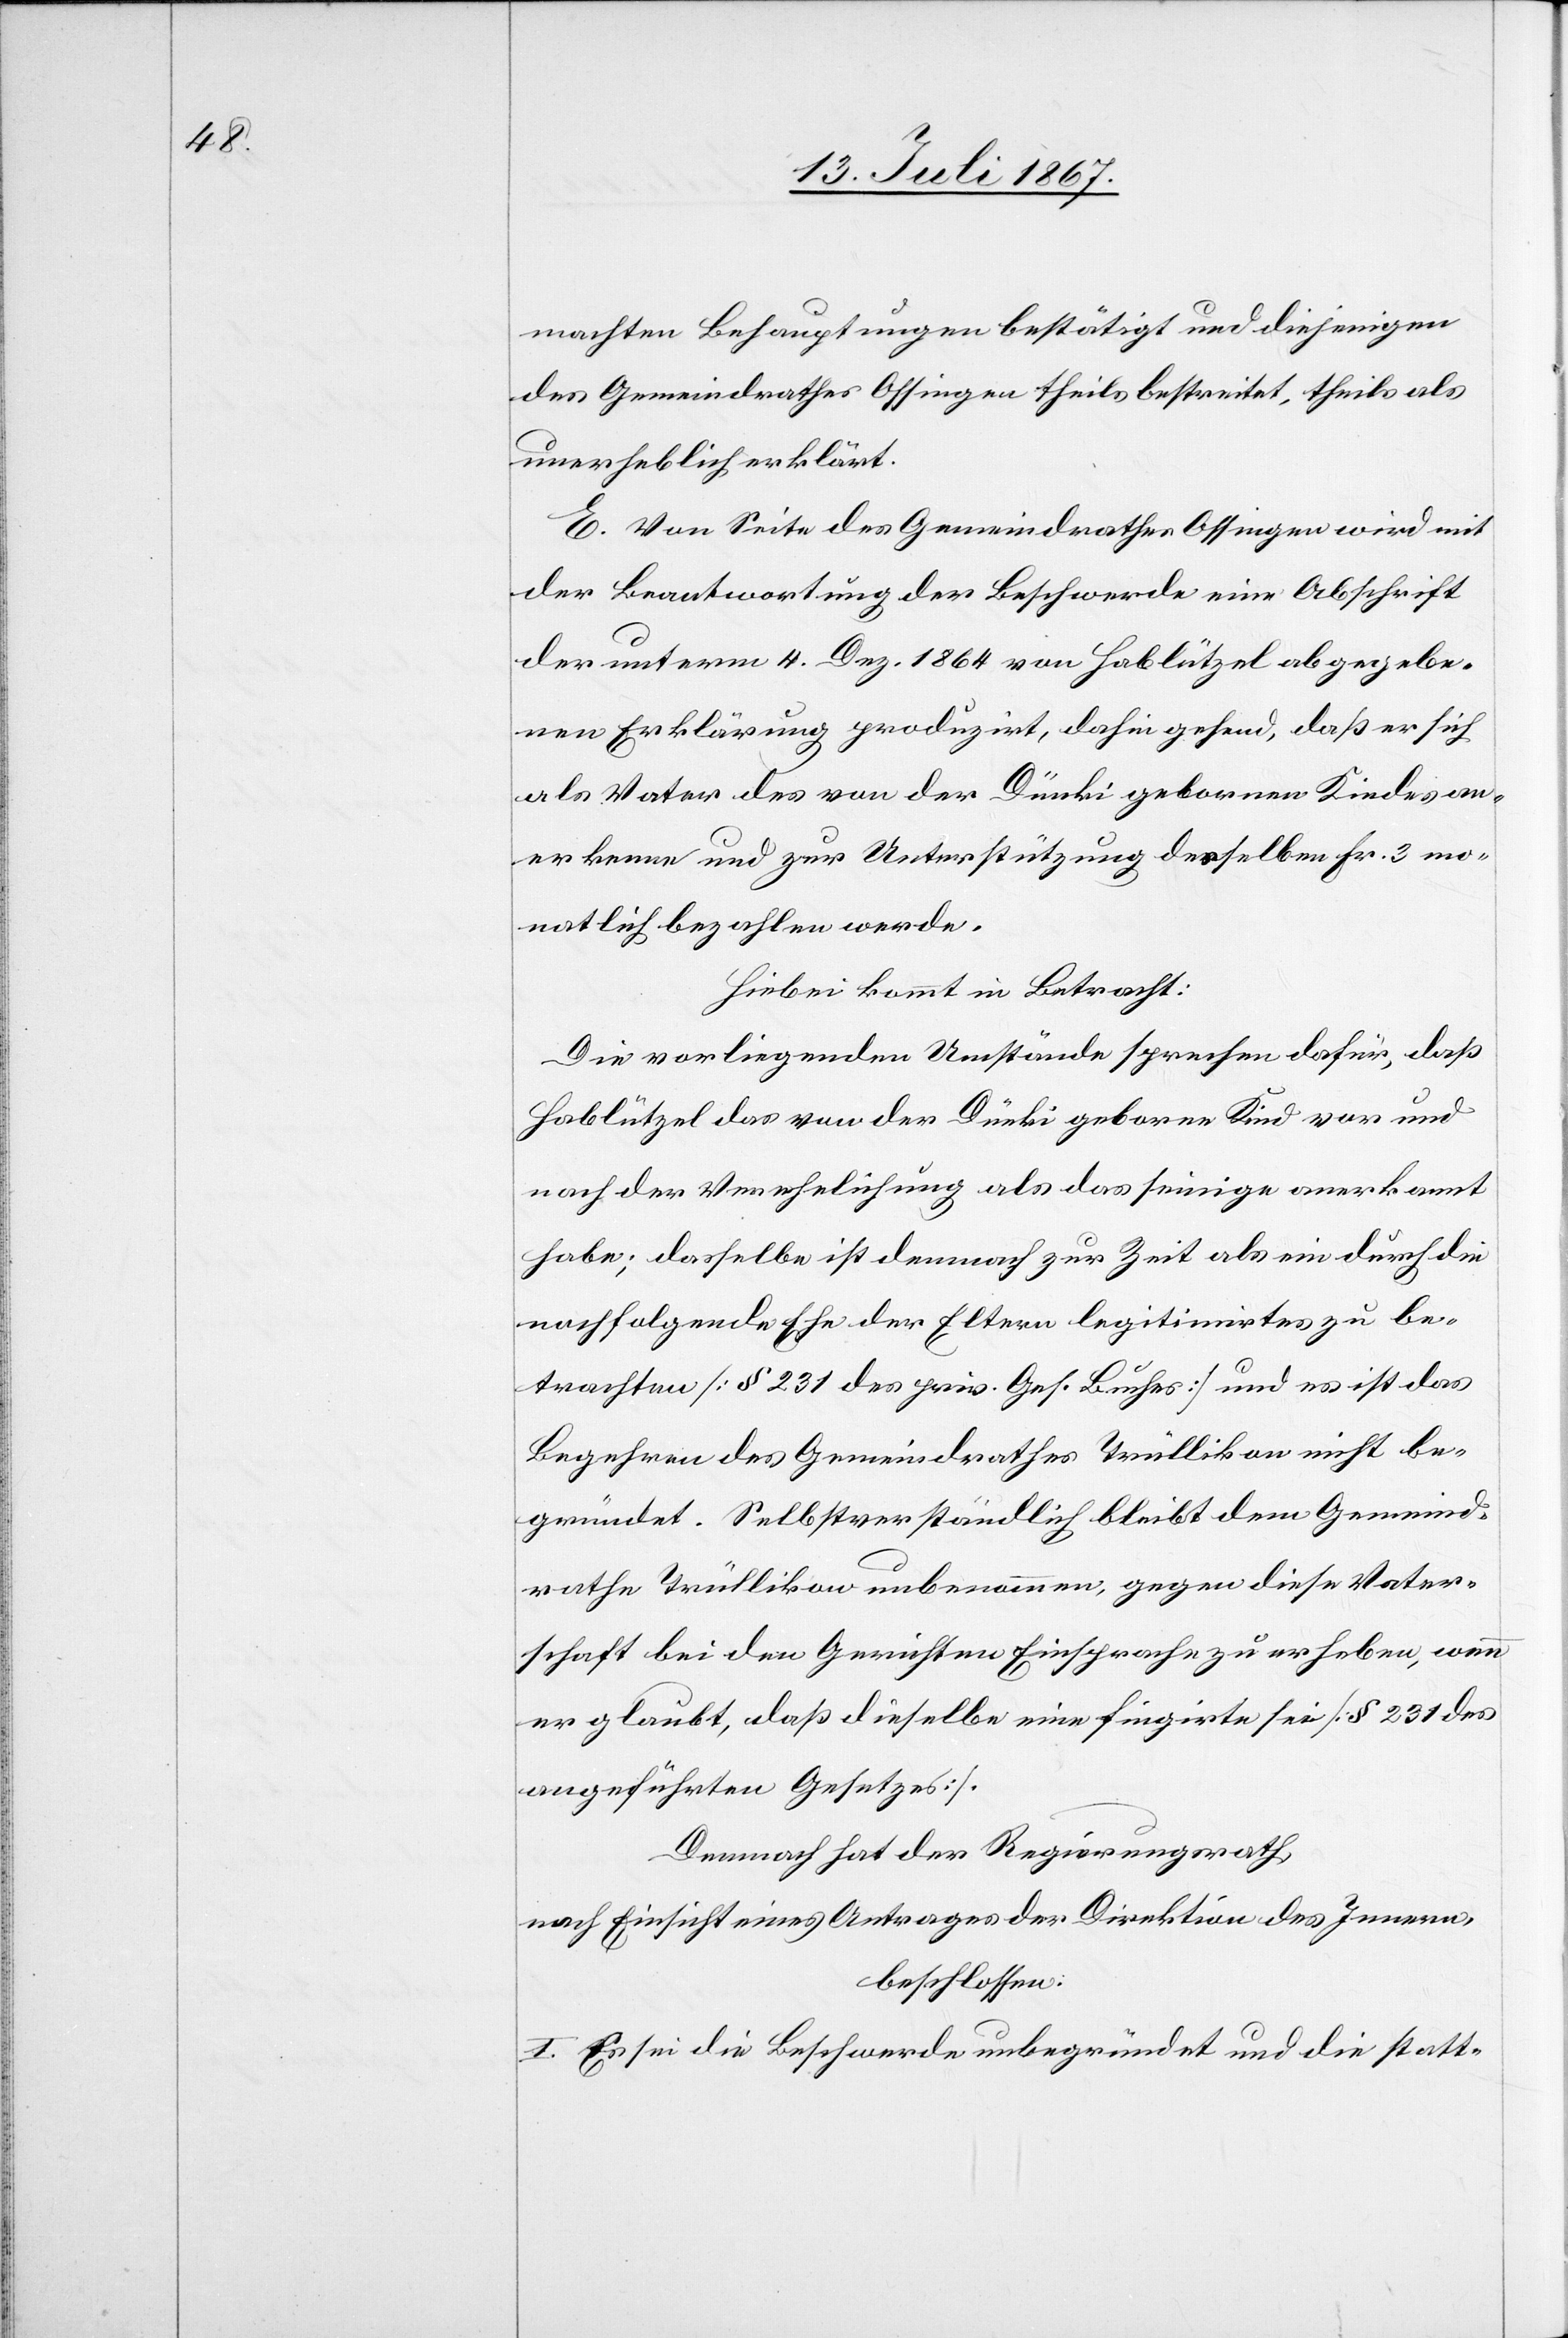
machten Behauptungen bestätigt und diejenigen
des Gemeindrathes Ossingen theils bestreitet, theils als
unerheblich erklärt.
E. Von Seite des Gemeindrathes Ossingen wird mit
der Beantwortung der Beschwerde eine Abschrift
der unterm 4. Dez. 1864 von Hablützel abgegebe¬
nen Erklärung produzirt, dahin gehend, daß er sich
als Vater des von der Dünki gebornen Kindes an¬
erkenne und zur Unterstützung desselben Fr. 3 mo¬
natlich bezahlen werde.
Hiebei kommt in Betracht:
Die vorliegenden Umstände sprechen dafür, daß
Hablützel das von der Dünki geborne Kind vor und
nach der Verehelichung als das seinige anerkannt
habe; dasselbe ist demnach zur Zeit als ein durch die
nachfolgende Ehe der Eltern legitimirtes zu be¬
trachten [§ 231 des priv. Ges. Buches] und es ist das
Begehren des Gemeindrathes Trüllikon nicht be¬
gründet. Selbstverständlich bleibt dem Gemeind¬
rathe Trüllikon unbenommen, gegen diese Vater¬
schaft bei den Gerichten Einsprache zu erheben, wenn
er glaubt, daß dieselbe eine fingirte sei [§ 231 des
angeführten Gesetzes].
Demnach hat der Regierungsrath,
nach Einsicht eines Antrages der Direktion des Innern,
beschlossen:
I. Es sei die Beschwerde unbegründet und die statt-